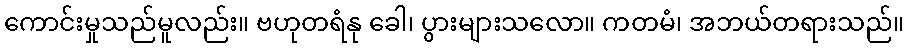
ကောင်းမှုသည်မူလည်း။ ဗဟုတရံနု ခေါ၊ ပွားများသလော။ ကတမံ၊ အဘယ်တရားသည်။